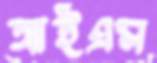
আইএম